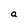
Character: a